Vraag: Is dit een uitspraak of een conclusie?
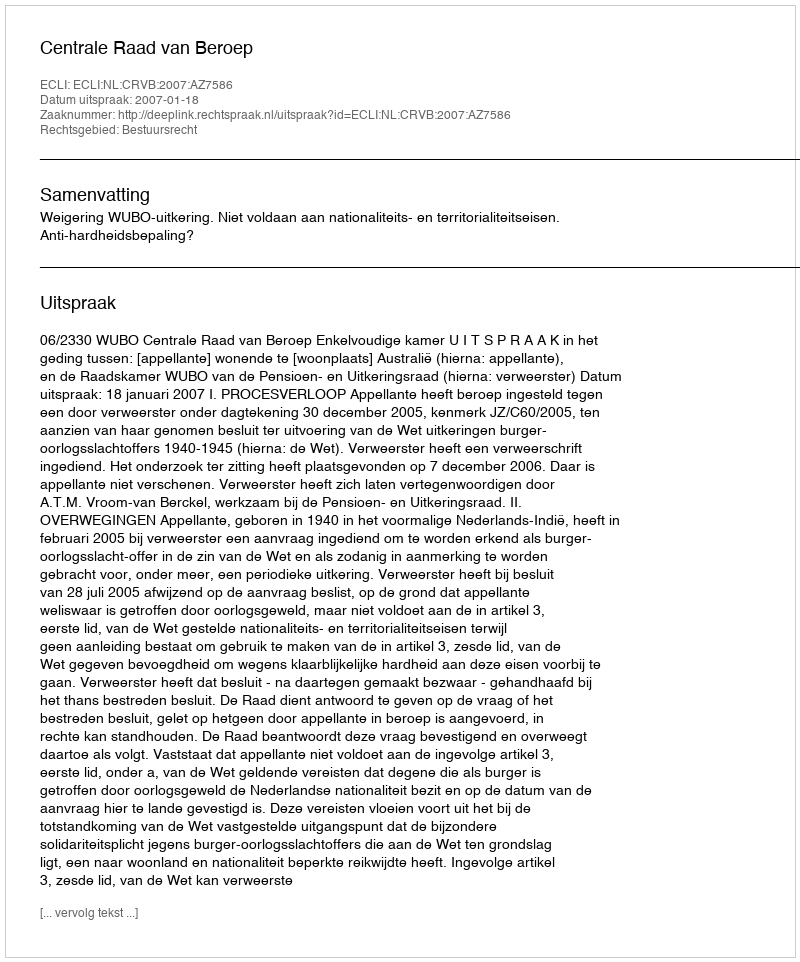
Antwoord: Uitspraak